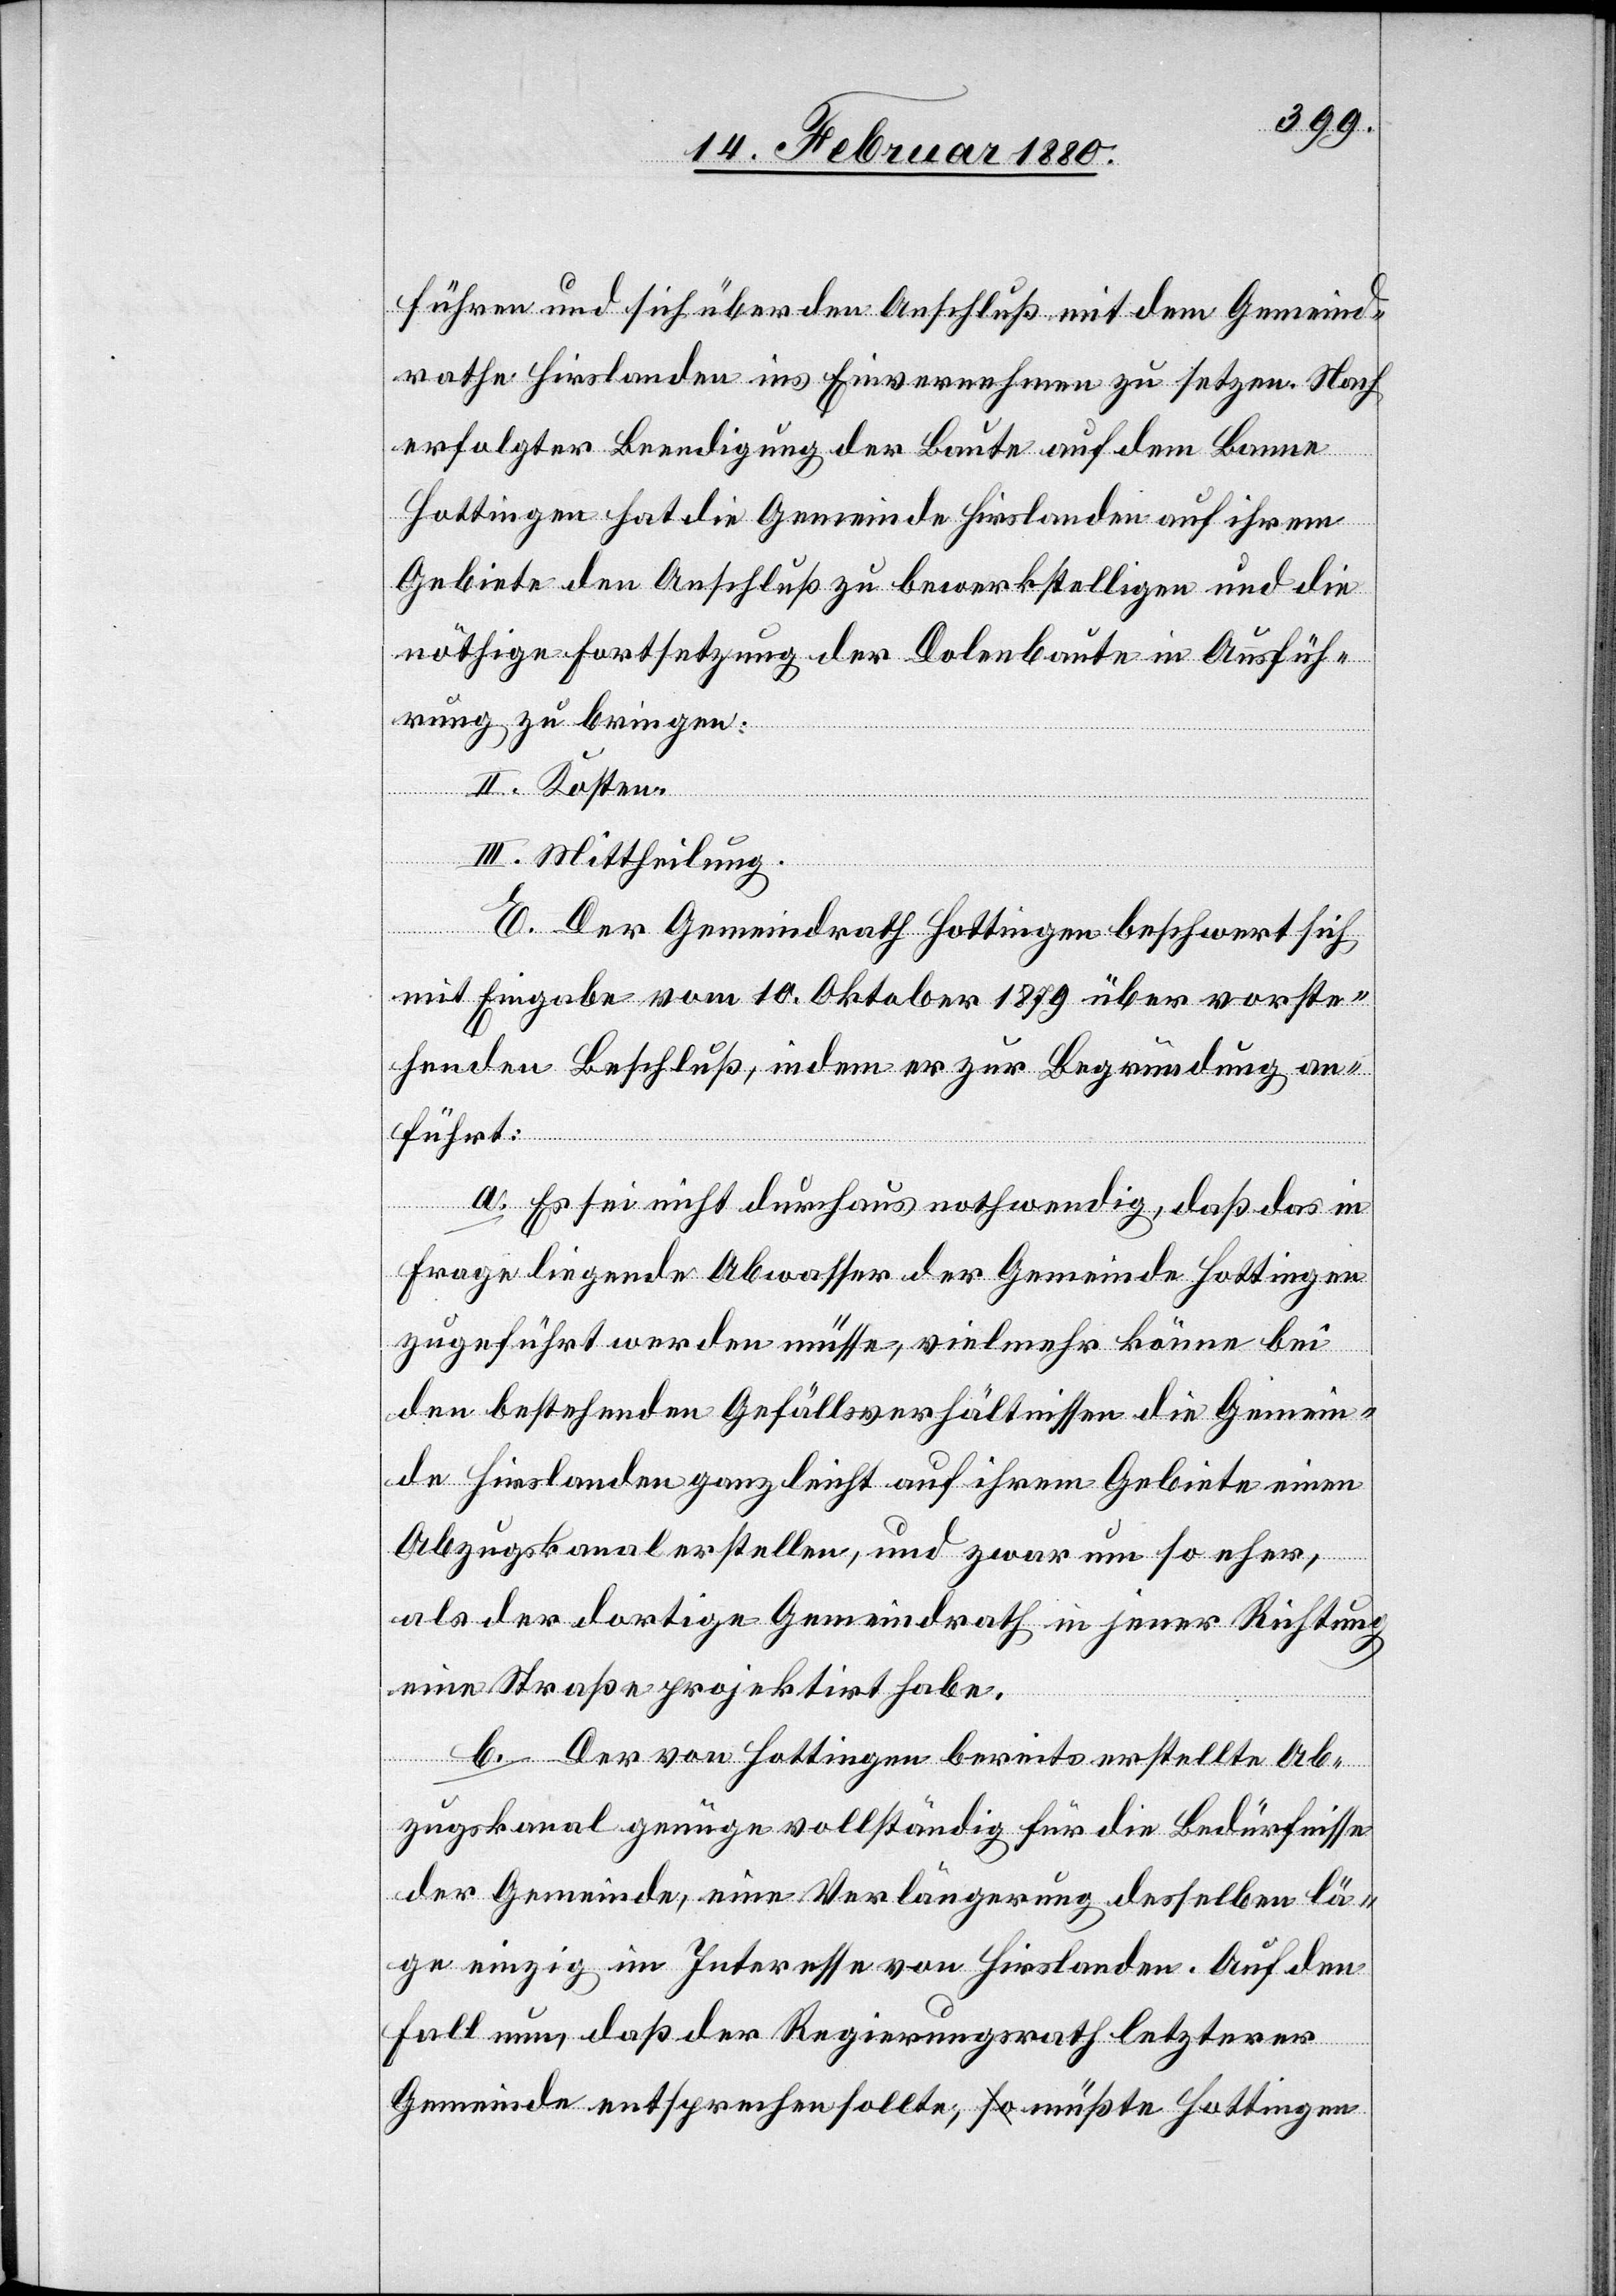
führen und sich über den Anschluß mit dem Gemeind¬
rathe Hirslanden ins Einvernehmen zu setzen. Nach
erfolgter Beendigung der Baute auf dem Banne
Hottingen hat die Gemeinde Hirslanden auf ihrem
Gebiete den Anschluß zu bewerkstelligen und die
nöthige Fortsetzung der Dolenbaute in Ausfüh¬
rung zu bringen:
II. Kosten.
III. Mittheilung.
E. Der Gemeindrath Hottingen beschwert sich
mit Eingabe vom 10. Oktober 1879 über vorste¬
henden Beschluß, indem er zur Begründung an¬
führt:
a. Es sei nicht durchaus nothwendig, daß das in
Frage liegende Abwasser der Gemeinde Hottingen
zugeführt werden müsse, vielmehr könne bei
den bestehenden Gefällsverhältnissen die Gemein¬
de Hirslanden ganz leicht auf ihrem Gebiete einen
Abzugskanal erstellen, und zwar um so eher,
als der dortige Gemeindrath in jener Richtung
eine Straße projektirt habe.
b. Der von Hottingen bereits erstellte Ab¬
zugskanal genüge vollständig für die Bedürfnisse
der Gemeinde, eine Verlängerung desselben lä¬
ge einzig im Interesse von Hirslanden. Auf den
Fall nun, daß der Regierungsrath letzterer
Gemeinde entsprechen sollte, müßte Hottingen